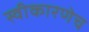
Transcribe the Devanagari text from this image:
स्वीकारणेच